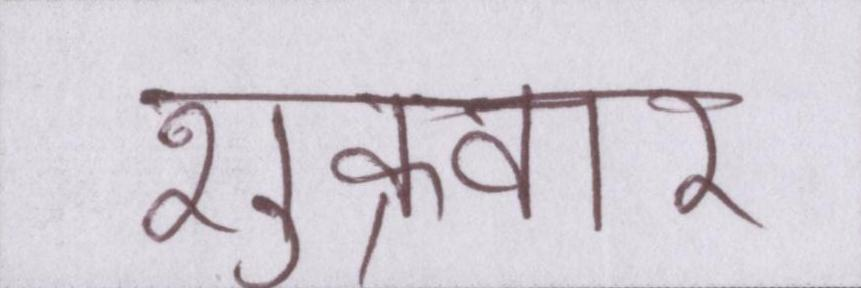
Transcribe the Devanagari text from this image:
शुक्रवार